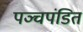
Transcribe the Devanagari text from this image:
पञ्चपंडित